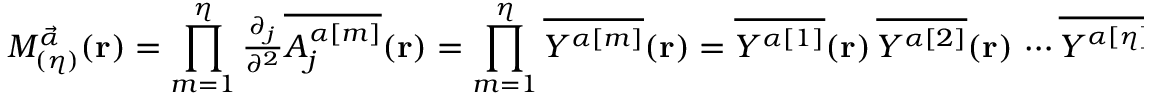
{ \cal { M } } _ { ( \eta ) } ^ { \vec { \alpha } } ( { \bf { r } } ) = \prod _ { m = 1 } ^ { \eta } { \textstyle \frac { \partial _ { j } } { \partial ^ { 2 } } \overline { { { { \cal A } _ { j } ^ { \alpha [ m ] } } } } ( { \bf r } ) } = \prod _ { m = 1 } ^ { \eta } \overline { { { { \cal Y } ^ { \alpha [ m ] } } } } ( { \bf { r } } ) = \overline { { { { \cal Y } ^ { \alpha [ 1 ] } } } } ( { \bf { r } } ) \, \overline { { { { \cal Y } ^ { \alpha [ 2 ] } } } } ( { \bf { r } } ) \, \cdots \overline { { { { \cal Y } ^ { \alpha [ \eta ] } } } } ( { \bf { r } } ) \; ,